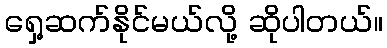
ရှေ့ဆက်နိုင်မယ်လို့ ဆိုပါတယ်။